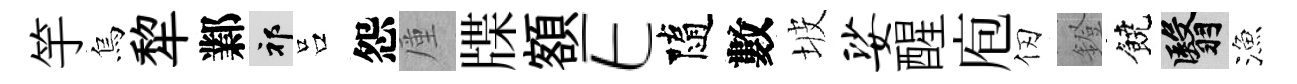
竽烏犂鄴祁吕怨厪牒額E隨數坡娑醒庖仞鐙饒翳漁